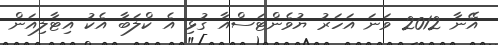
އޭނާ 2012 ވަނަ އަހަރު ޔުވެންޓަސްއާ ގުޅި އެ ކްލަބާ އެކު އިޓާލިއަން